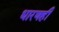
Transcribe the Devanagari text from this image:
धारणही